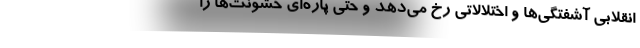
انقلابی آشفتگی‌ها و اختلالاتی رخ می‌دهد و حتی پاره‌ای خشونت‌ها را